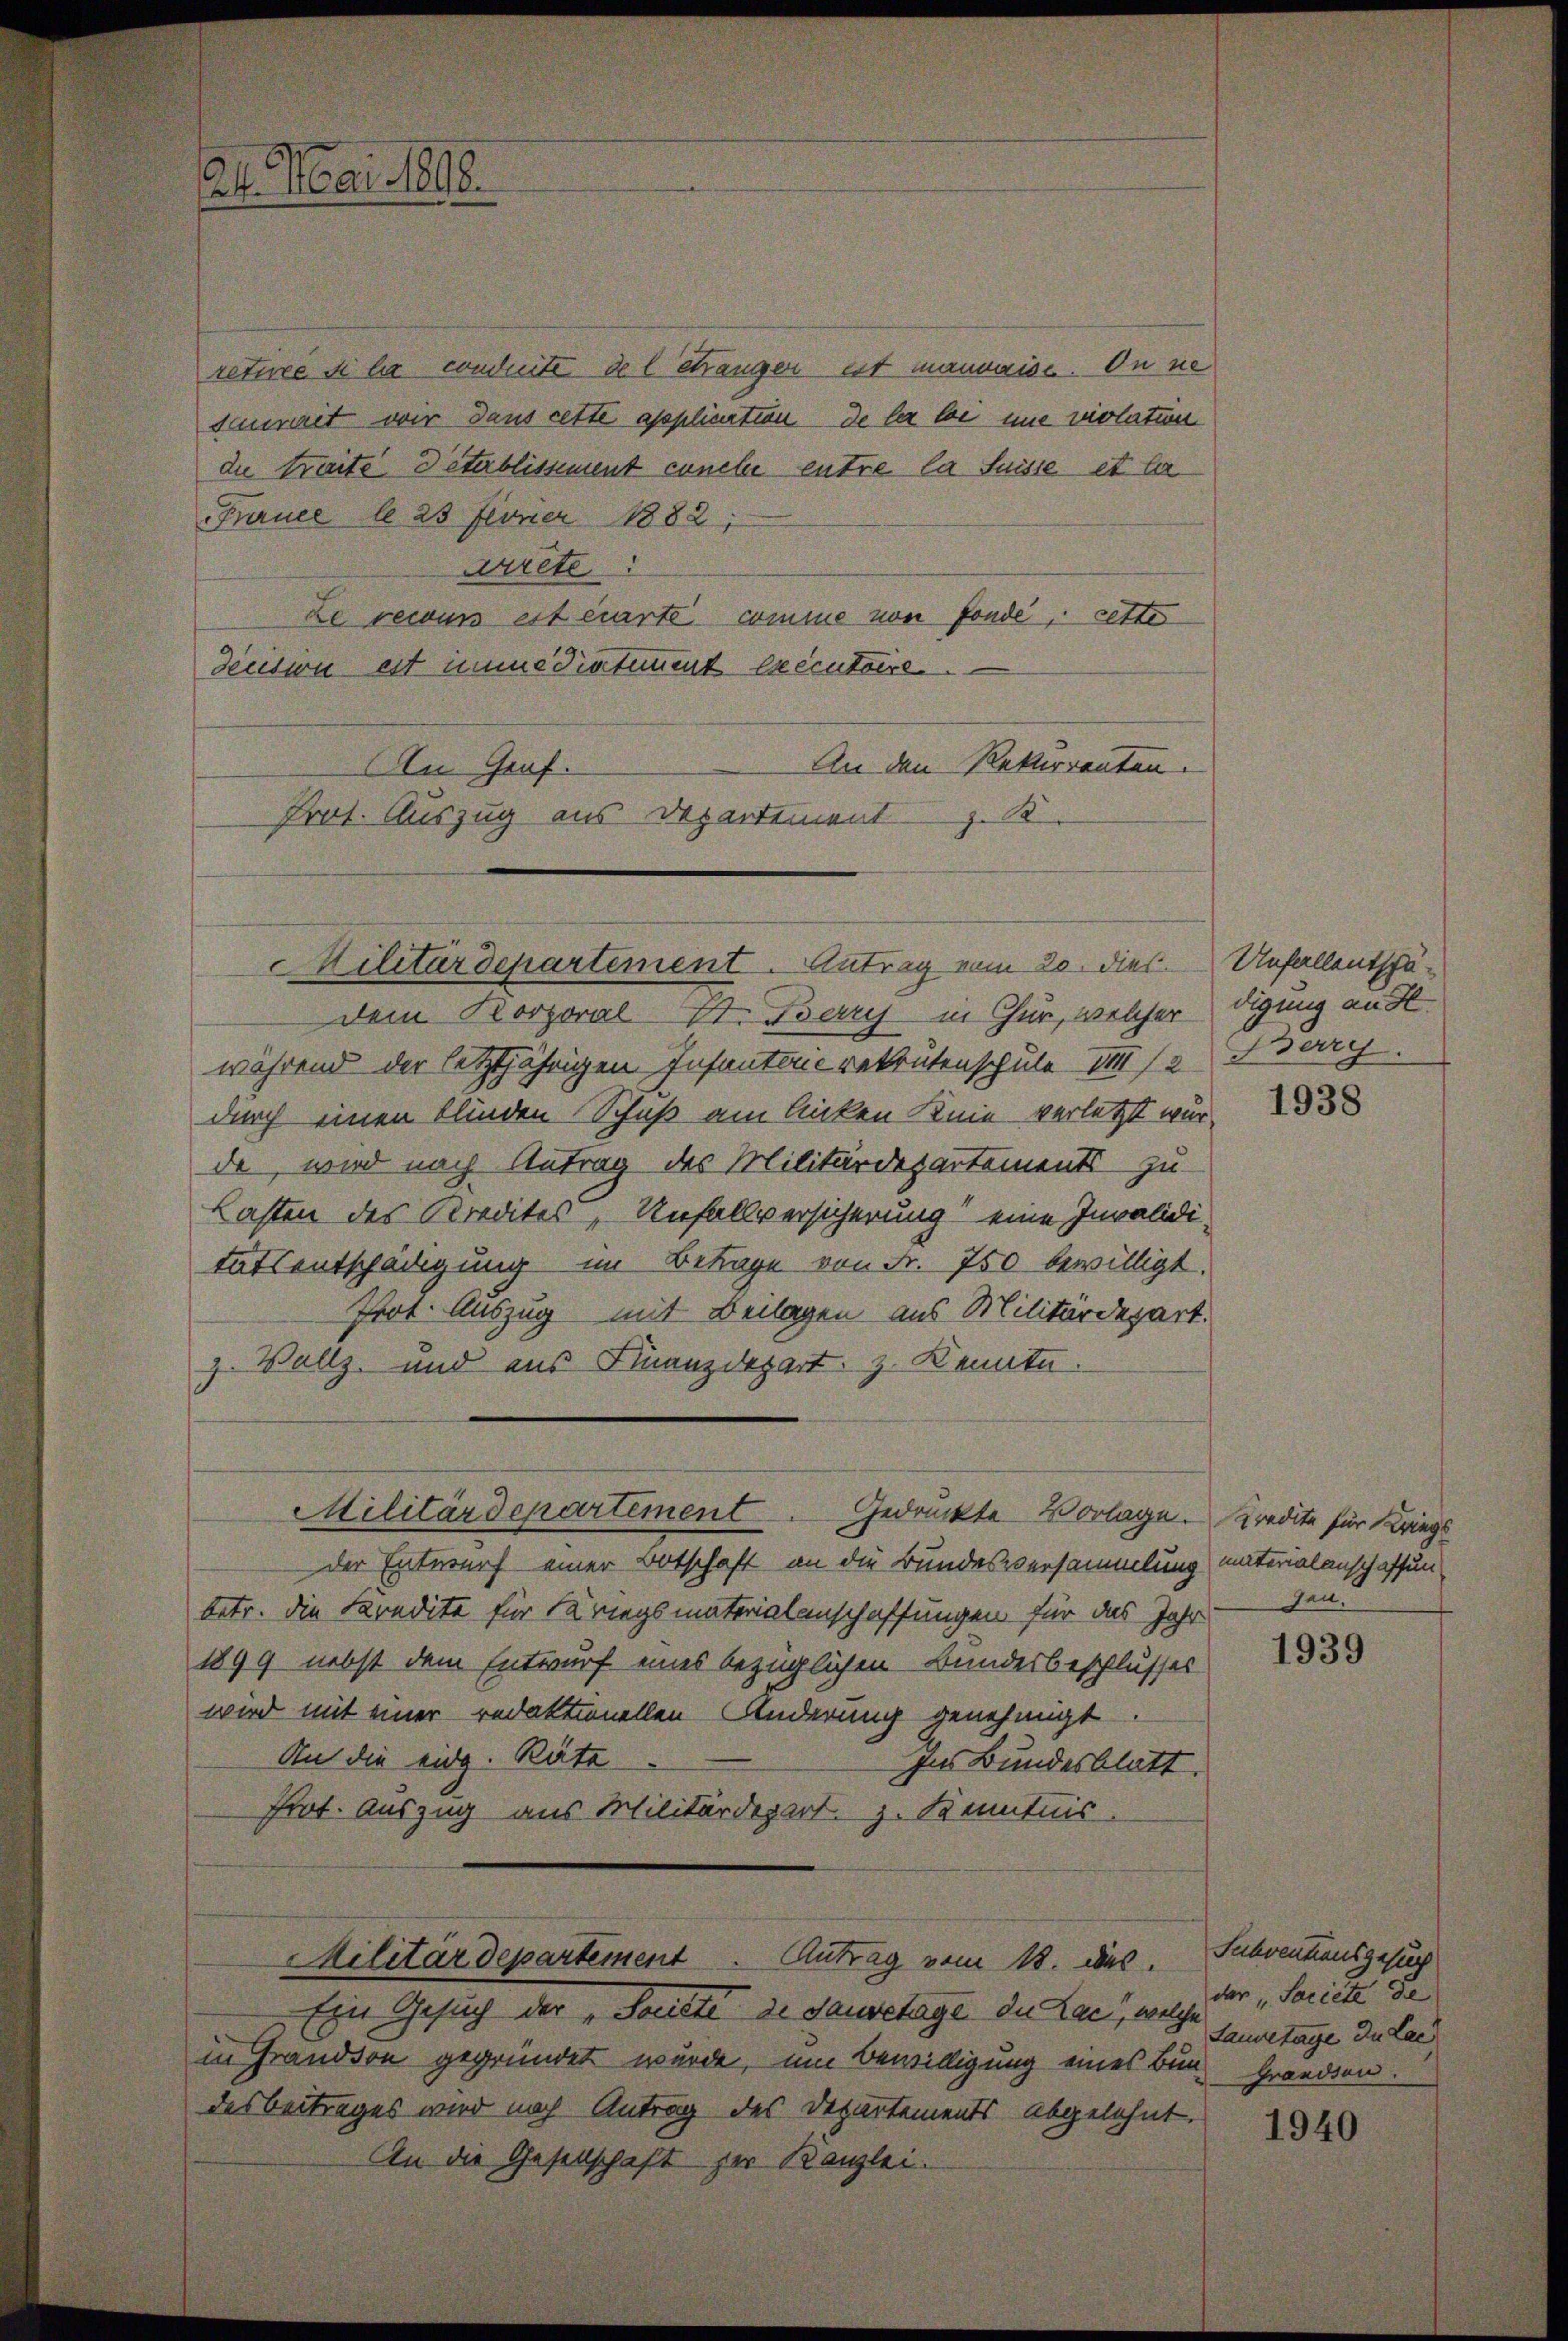
retire si la conduite del Stänger est mannaise. In ne
saumeit wir dans cette application de les loi nie violation
due traite detablissement concle entre la Suisse et ber
France le 23 Ferner 1882,
arrete
ze recours est carte comme von Fonde, cette
decision est immediatement exécutoire
An den Rekurrenten.
An Graf.
Prot. Auszug aus Departement z. B.

24. Mai 1898.

Militärdepartement. Antrag vom 20. dies Unfallentschä¬

dem Korporal St. Berry in Chur, welcher digung an St
während der letztjährigen Infantenrekrutenschule III 12 Bog
durch einen blinden Schuß am linken Knie verletzt würde, wird nach Antrag des Militärdepartements zu-
Lasten des Kredites Unfallversicherung eine Invalidi-
tatsentschädigung im Betrage von Fr. 750 bewilligt.
fort. Auszug mit Beilagen aus Militärdepart.
Vollz, und aus Finanzdepart z. Kennte.
f
der Entwurf einer Botschaft an die Bundesversammlung materialanschaffenbetr. die Kredita für Kriegsmaterialanschaffungen für das Jahr
1899 nebst dem Entwurf eines bezüglichen Bundesbeschlusses
wird mit einer redaktionellen Änderung genehmigt.
An die eidg. Räte
Ins Bundesblatt.
Prot. Auszug aus Militärdepart z. Kenntnis
Militärdepartement Antrag vom 18. des
Ein Gesuch der "Société de dauretage du Lac, welche
in Frandson gegründet wurde, um Bewilligung eines Bun- Granden.
desbeitrages wird nach Antrag des Departements abgelehnt.
An die Gesellschaft der Kanzlei.

Militärdepartement. Gedruckte Vorlage. Kredite für Kriegs

1938

den.

1939

Subventionsgesuch
der "Societe de
Laubetage de Lac

1940